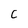
Character: C